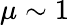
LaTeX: \mu\sim 1